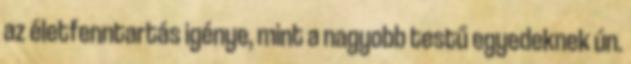
az életfenntartás igénye, mint a nagyobb testű egyedeknek ún.